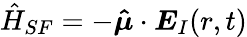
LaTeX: \hat{H}_{SF}=-\boldsymbol{\hat{\mu}}\cdot\boldsymbol{E}_{I}(r,t)